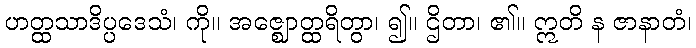
ဟတ္ထသာဒိပ္ပဒေသံ၊ ကို။ အဇ္ဈောတ္ထရိတွာ၊ ၍။ ဌိတာ၊ ၏။ ဣတိ န ဇာနာတံ၊